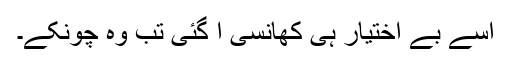
اسے بے اختیار ہی کھانسی آ گئی تب وہ چونکے۔